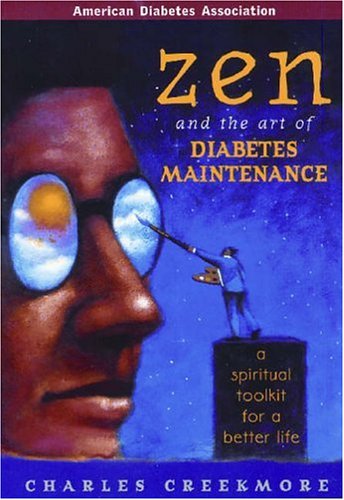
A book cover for Zen and the Art of Diabetes Maintenance : A Complete Field Guide for Spiritual and Emotional Well Being; Charles Creekmore; Health, Fitness & Dieting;